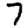
Digit: 7